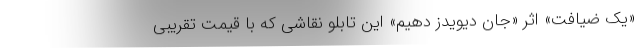
«یک ضیافت» اثر «جان دیویدز دِهیم» این تابلو نقاشی که با قیمت تقریبی